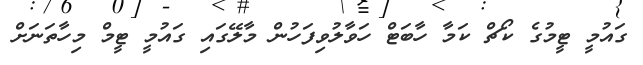
ގައުމީ ޓީމުގެ ކޯޗް ކަމާ ހާބަޓް ހަވާލުވިފަހުން މާލޭގައި ގައުމީ ޓީމް މިހާތަނަށް